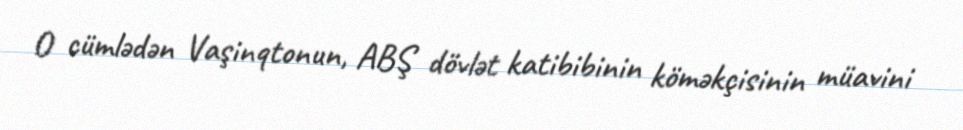
O cümlədən Vaşinqtonun, ABŞ dövlət katibibinin köməkçisinin müavini